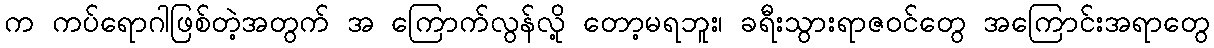
က ကပ်ရောဂါဖြစ်တဲ့အတွက် အ ကြောက်လွန်လို့ တော့မရဘူး၊ ခရီးသွားရာဇဝင်တွေ အကြောင်းအရာတွေ